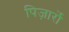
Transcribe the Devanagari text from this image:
पिज़ार्रो